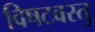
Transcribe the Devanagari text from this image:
विषटवस्तु